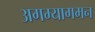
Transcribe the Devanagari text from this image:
अगम्यागमन